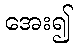
အေး၍